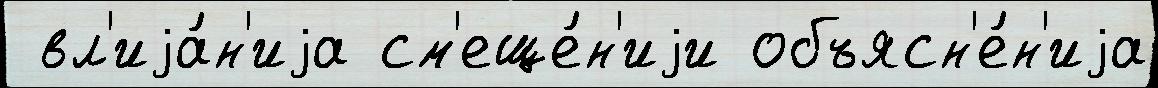
 вл'иjа́н'иjа см'еще́н'иjи объясн'е́н'иjа